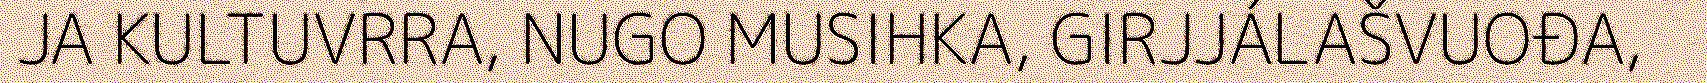
JA KULTUVRRA, NUGO MUSIHKA, GIRJJÁLAŠVUOĐA,